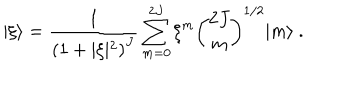
\vert \xi \rangle = { \frac { 1 } { \left( 1 + \vert \xi \vert ^ { 2 } \right) ^ { J } } } \sum _ { m = 0 } ^ { 2 J } \xi ^ { m } { \binom { 2 J } { m } } ^ { 1 / 2 } \vert m \rangle \ .